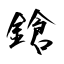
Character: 鎗